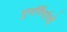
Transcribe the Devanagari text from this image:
पुनर्निर्माणों